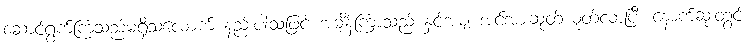
ဆောင်ရွက်ကြသည်မရှိသလောက် နည်းပါးသဖြင့် အချိန်ကြာသည် နှင့်အမျှ အင်အားဆုတ်ယုတ်လာပြီး နောက်ဆုံးတွင်